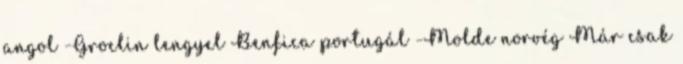
angol -Groclin lengyel Benfica portugál -Molde norvég Már csak